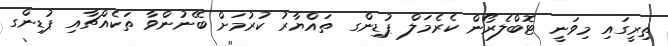
ތިރީގައި މިވަނީ ޓޮބްލެރޯން ކެރެމަލް ޕުޑިންގ ތައްޔާރު ކުރުމަށް ބޭނުންވާ ތަކެއްޗާއި ޕުޑިންގ